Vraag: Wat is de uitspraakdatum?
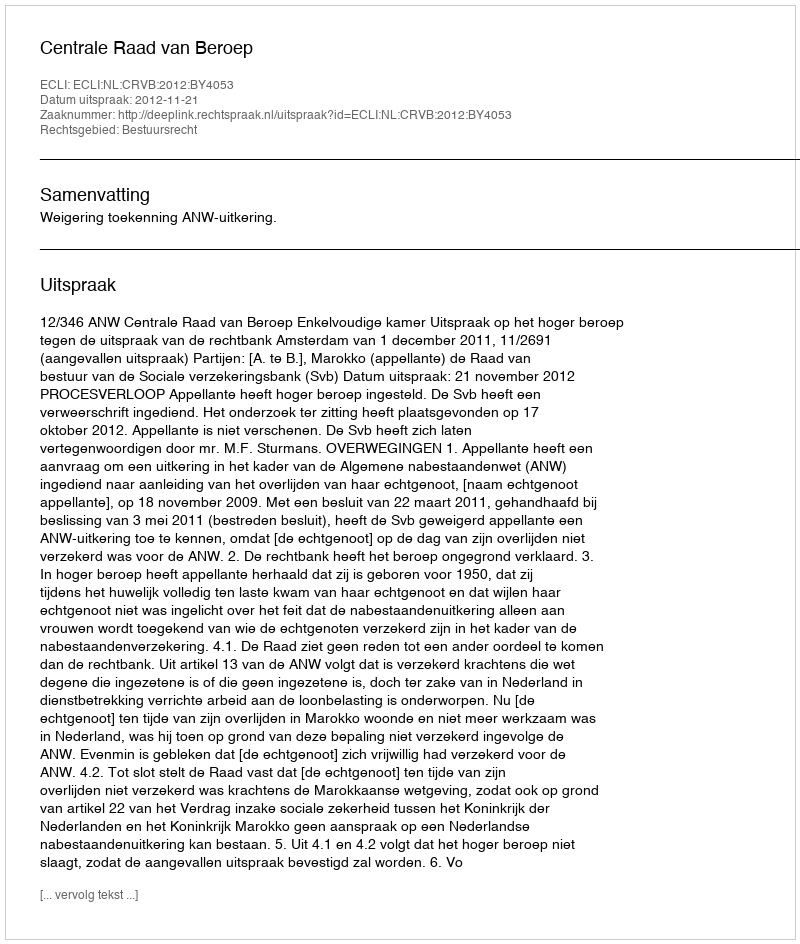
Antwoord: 2012-11-21